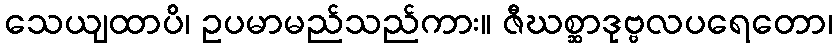
သေယျထာပိ၊ ဥပမာမည်သည်ကား။ ဇီဃစ္ဆာဒုဗ္ဗလပရေတော၊